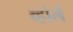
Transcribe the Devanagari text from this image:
व्होर्ल